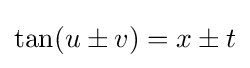
\tan(u\pm v)=x\pm t